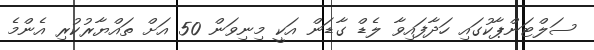
ސަލްޓަންޕާކުގައި ހަދާފައިވާ ލެޑް ގާޑަން އަކީ މިނިވަން 50 އަށް ތައްޔާރުކުރި އެންމެ